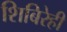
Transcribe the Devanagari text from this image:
शिबिरेही